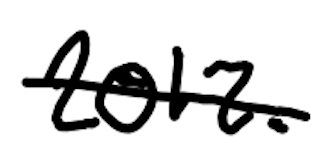
Text: 2012.
Cross-out: single-line
Writing tool: digital_black